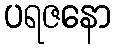
ပရဇနော